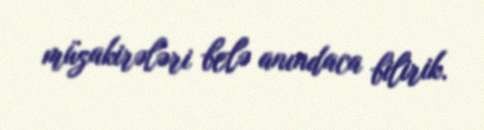
müzakirələri belə anındaca bilirik.